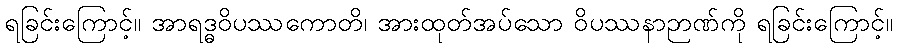
ရခြင်းကြောင့်။ အာရဒ္ဓဝိပဿကောတိ၊ အားထုတ်အပ်သော ဝိပဿနာဉာဏ်ကို ရခြင်းကြောင့်။